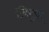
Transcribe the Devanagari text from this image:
टॅबेबुया